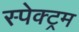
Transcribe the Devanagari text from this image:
स्‍पेक्‍ट्रम